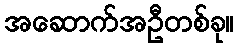
အဆောက်အဦတစ်ခု။